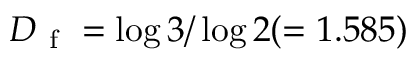
D _ { \mathrm { ~ f ~ } } = \log 3 / \log 2 ( = 1 . 5 8 5 )